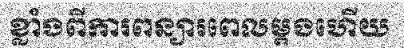
ខ្លាំងពីការពន្យារពេលម្តងហើយ